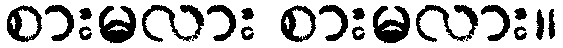
စားမလား စားမလား။